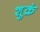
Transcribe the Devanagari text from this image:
शुक्रं